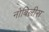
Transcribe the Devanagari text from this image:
नोबिलीस